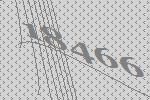
18466